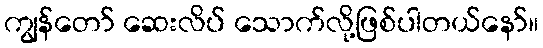
ကျွန်တော် ဆေးလိပ် သောက်လို့ဖြစ်ပါတယ်နော်။